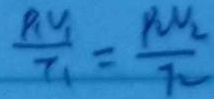
\frac { P _ { 1 } V _ { 1 } } { I _ { 1 } } = \frac { P _ { 2 } V _ { 2 } } { I _ { 2 } }